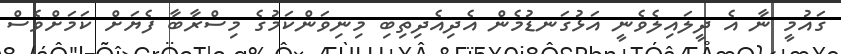
ގައުމީ ނާ އެ ދީލައިލެވެނީ އަޅުގަނޑުމެން އެދިއެދިތިބި މިނިވަންކަމުގެ މިސްރާބާ ފެޔަށް ކަމަށްވެސް